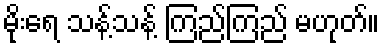
မိုးရေ သန့်သန့် ကြည်ကြည် မဟုတ်။